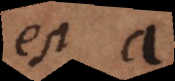
est a